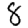
Digit: 8